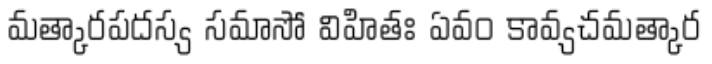
మత్కారపదస్య సమాసో విహితః ఏవం కావ్యచమత్కార